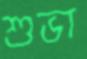
শুভা